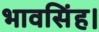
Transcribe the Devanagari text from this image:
भावसिंह।